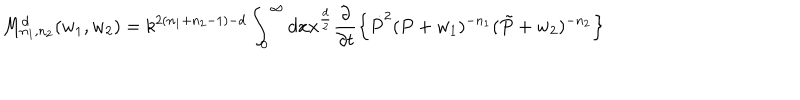
M _ { n _ { 1 } , n _ { 2 } } ^ { d } ( w _ { 1 } , w _ { 2 } ) = k ^ { 2 ( n _ { 1 } + n _ { 2 } - 1 ) - d } \int _ { 0 } ^ { \infty } d x x ^ { \frac { d } { 2 } } \frac { \partial } { \partial { t } } \left\{ \dot { P } ^ { 2 } ( P + w _ { 1 } ) ^ { - n _ { 1 } } ( \tilde { P } + w _ { 2 } ) ^ { - n _ { 2 } } \right\}